Report on the administration of the Government Cinchona Department 1892-98
Year: 1892
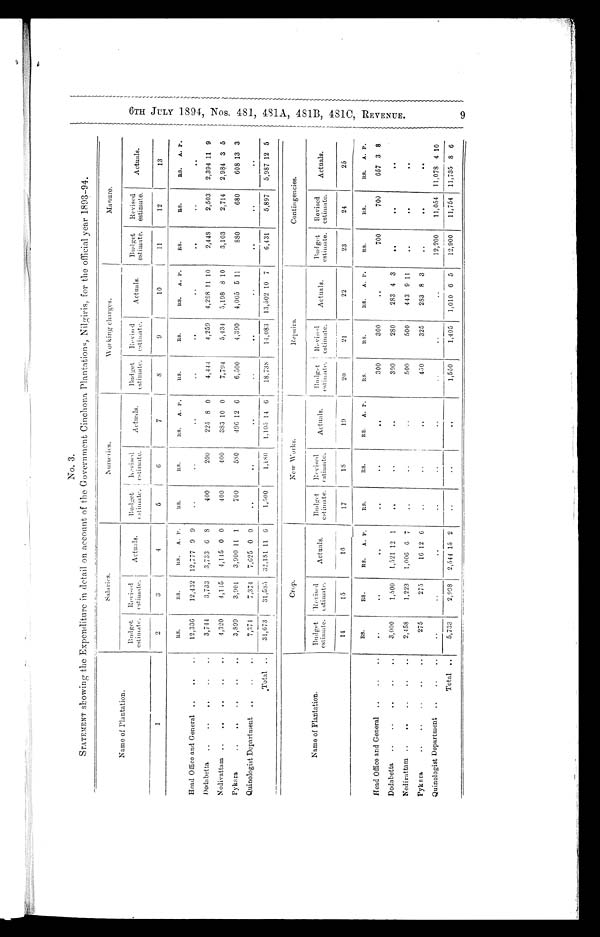
6TH JULY 1894, Nos. 481, 481A,481B, 481C, REVENUE. 9
No. 3.
STATEMENT showing the Expenditure in detail on account of the Government Cinchona Plantations, Nilgiris, for the official year 1893-94.
__
Name of Plantation.
Budget
estimate.
Salaries.
Revised
Actuals.
estimate.
Nurseries.
Budget
Revised
estimate. estimate.
Actuals.
Working charges.
Budget
Revised
estimate. estimate.
Actuals.
Manure.
Budget
estimate.
Revised
estimate.
Actuals.
1
2
3
4
5
6
7
8
9
10
11
12
13
RS.
RS.
ltS.
A. P.
R S .
RS.
RS.
A. P.
RS.
RS.
RS.
A. P.
RS.
Rs.
RS.
A. P.
Head Office and General ..
..
..
12,336
12,432 12,777 9 9
..
..
.. ..
..
..
..
..
. .
Dodabetta
..
• •
..
• .
• .
3,744
3,733
3,733 6 8
400
200
22.5 8 0
4,444
4,259
4,298 11 10
2,443
2,503
2,394 11 9
Nedivattam ..
..
..
• .
..
4,320
4,1.45
4,145 0 0
400
400
383 10 0
7,794
5,434
5,198 8 10
3,103
2,714
2,984 3 5
Pykara
. . ..
..
. .
..
3,899
3,901
3,900 11 1
700
580
496 12 6
6,500
4,390
4,005 5 11
880
680
608 13 3
Quinologist Department
..
. .
..
7,371
7,371
7,625 0 0
. •
..
..
..
..
..
..
..
. .
Total
. 0
.
______
31,673
31,585 32,181 11 6
1,500
1,180
1,105 14 6
18,738
14,083
13,502 10 7
6,431
5,897
5,987 12 5
--
Name of Plantation.
C r o p .
New Works.
Repairs.
Contingencies.
______
Budget
estimate.
Revised
estimate.
Actuals.
Budget
estimate.
Revised
estimate.
Actuals.
Budget
estimate.
Revised
estimate.
Actuals.
Budget
estimate.
Revised
estimate.
Actuals.
14
-
15
16
17
18
____
19
20
21
22
23
24
25
Head Office and General ..
..
..
RS.
..
RS.
..
RS.
A. P.
..
RS.
..
RS.
..
RS.
A. P.
..
RS.
300
RS.
300
RS.
A. P.
..
RS.
700
RS.
700
RS.
A. P.
657 3 8
Dodabetta
..
..
..
..
..
3,000
1,500
1,521 12 1
..
.
.
..
300
280
283 4 3
. .
. .
. .
Nedivattam ..
..
..
..
..
2,458
1,223
1,006 6 7
..
..
..
500
500
443 9 11
..
. .
. .
Pyk ara
.
. . .
. .
. . . .
275
275
16 12 6
..
..
..
450
325
283 8 3
..
. .
. .
Quinologist Department ..
..
..
. .
..
. .
..
..
..
.
.
..
12,200
___
11,054
11,078 4 10
Total ..
5,733
2,998
2,544 15 2
..
. .
..
1,550
_
1,405
1,010 6 5
12,900 _
11,754
11,735 8 6